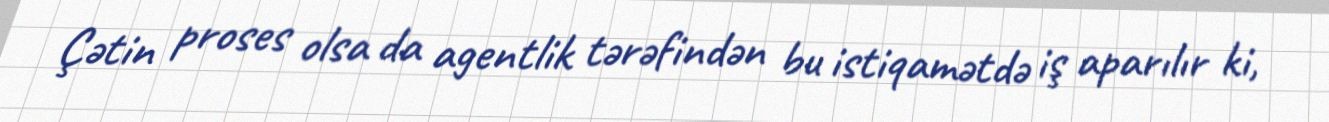
Çətin proses olsa da agentlik tərəfindən bu istiqamətdə iş aparılır ki,